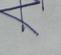
Signature authenticity: genuine